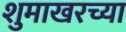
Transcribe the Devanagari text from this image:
शुमाखरच्या